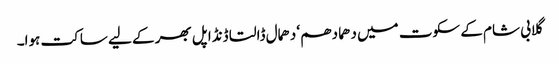
گلابی شام کے سکوت میں دھما دھم‘ دھمال ڈالتا ڈنڈا پل بھر کے لیے ساکت ہوا۔